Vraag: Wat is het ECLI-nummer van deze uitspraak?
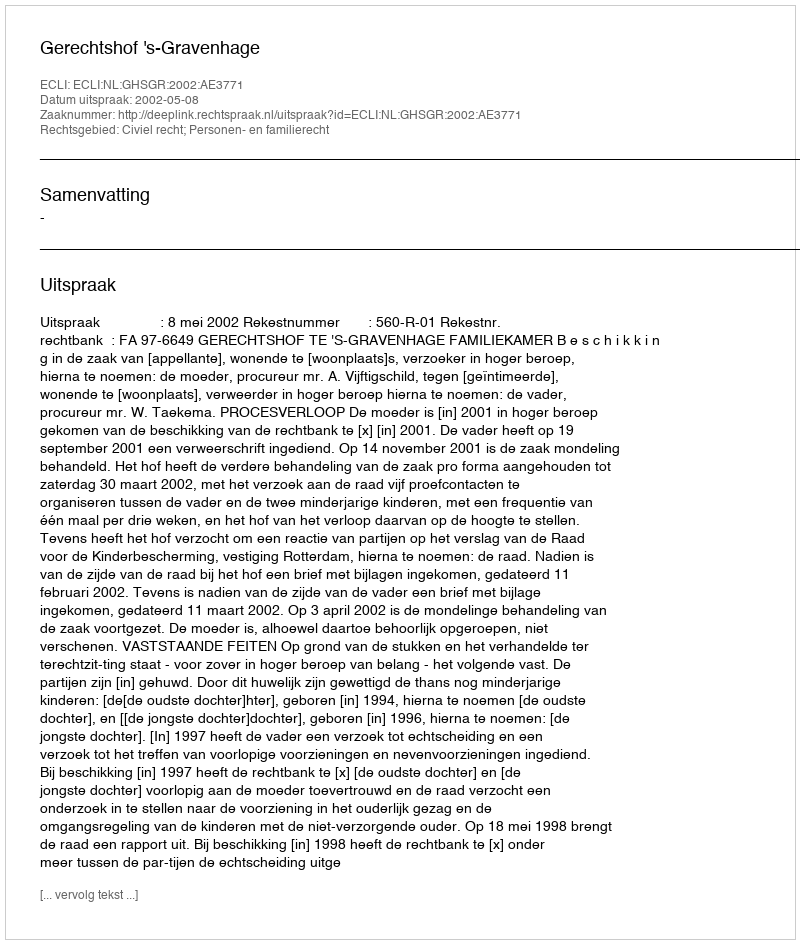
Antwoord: ECLI:NL:GHSGR:2002:AE3771